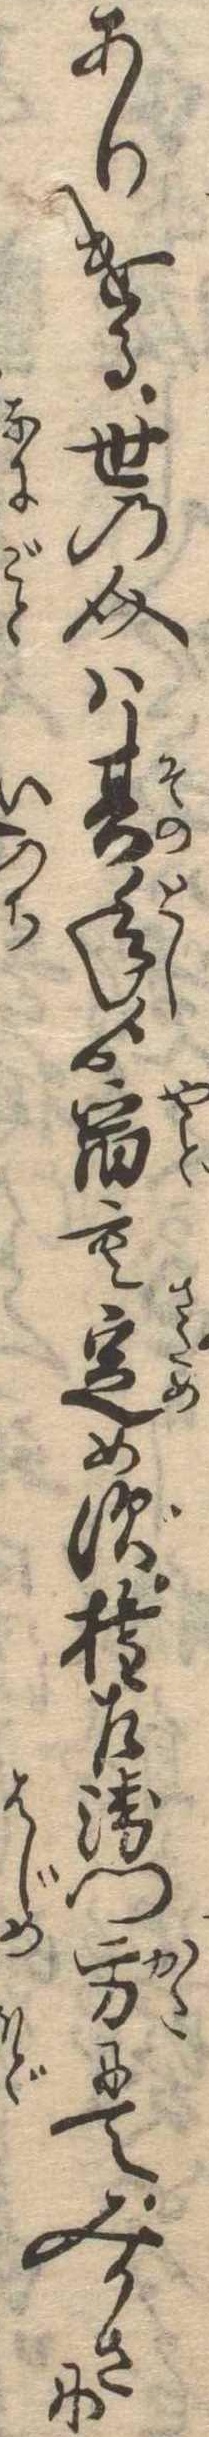
ありける世之介は其年ゟ宿も定めず権左衛門方にてみかさに